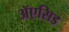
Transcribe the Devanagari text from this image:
ॲएसिड